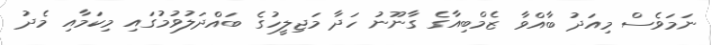
ނަމަވެސް މިއަދު ބާއްވާ ޒެމްބިއާގެ ގާނޫނު ހަދާ މަޖިލީހުގެ ބައްދަލުވުމުގައި މިކަމާއި މެދު